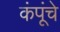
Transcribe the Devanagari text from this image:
कंपूंचे